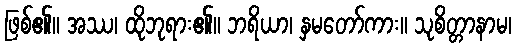
ဖြစ်၏။ အဿ၊ ထိုဘုရား၏။ ဘရိယာ၊ နှမတော်ကား။ သုစိတ္တာနာမ၊